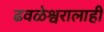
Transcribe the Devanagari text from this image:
ढवळेश्वरालाही